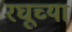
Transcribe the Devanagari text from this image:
रघूच्या